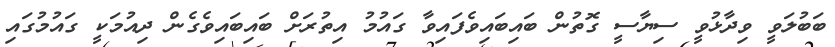
ބަބުލަވީ ވިދާޅުވީ ސިޔާސީ ގޮތުން ބައިބައިވެފައިވާ ގައުމު އިތުރަށް ބައިބައިވެގެން ދިއުމަކީ ގައުމުގައި